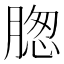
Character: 𦝰